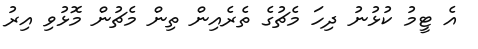
އެ ޓީމު ކުޅުނު ދިހަ މެޗުގެ ތެރެއިން ތިން މެޗުން މޮޅުވި އިރު